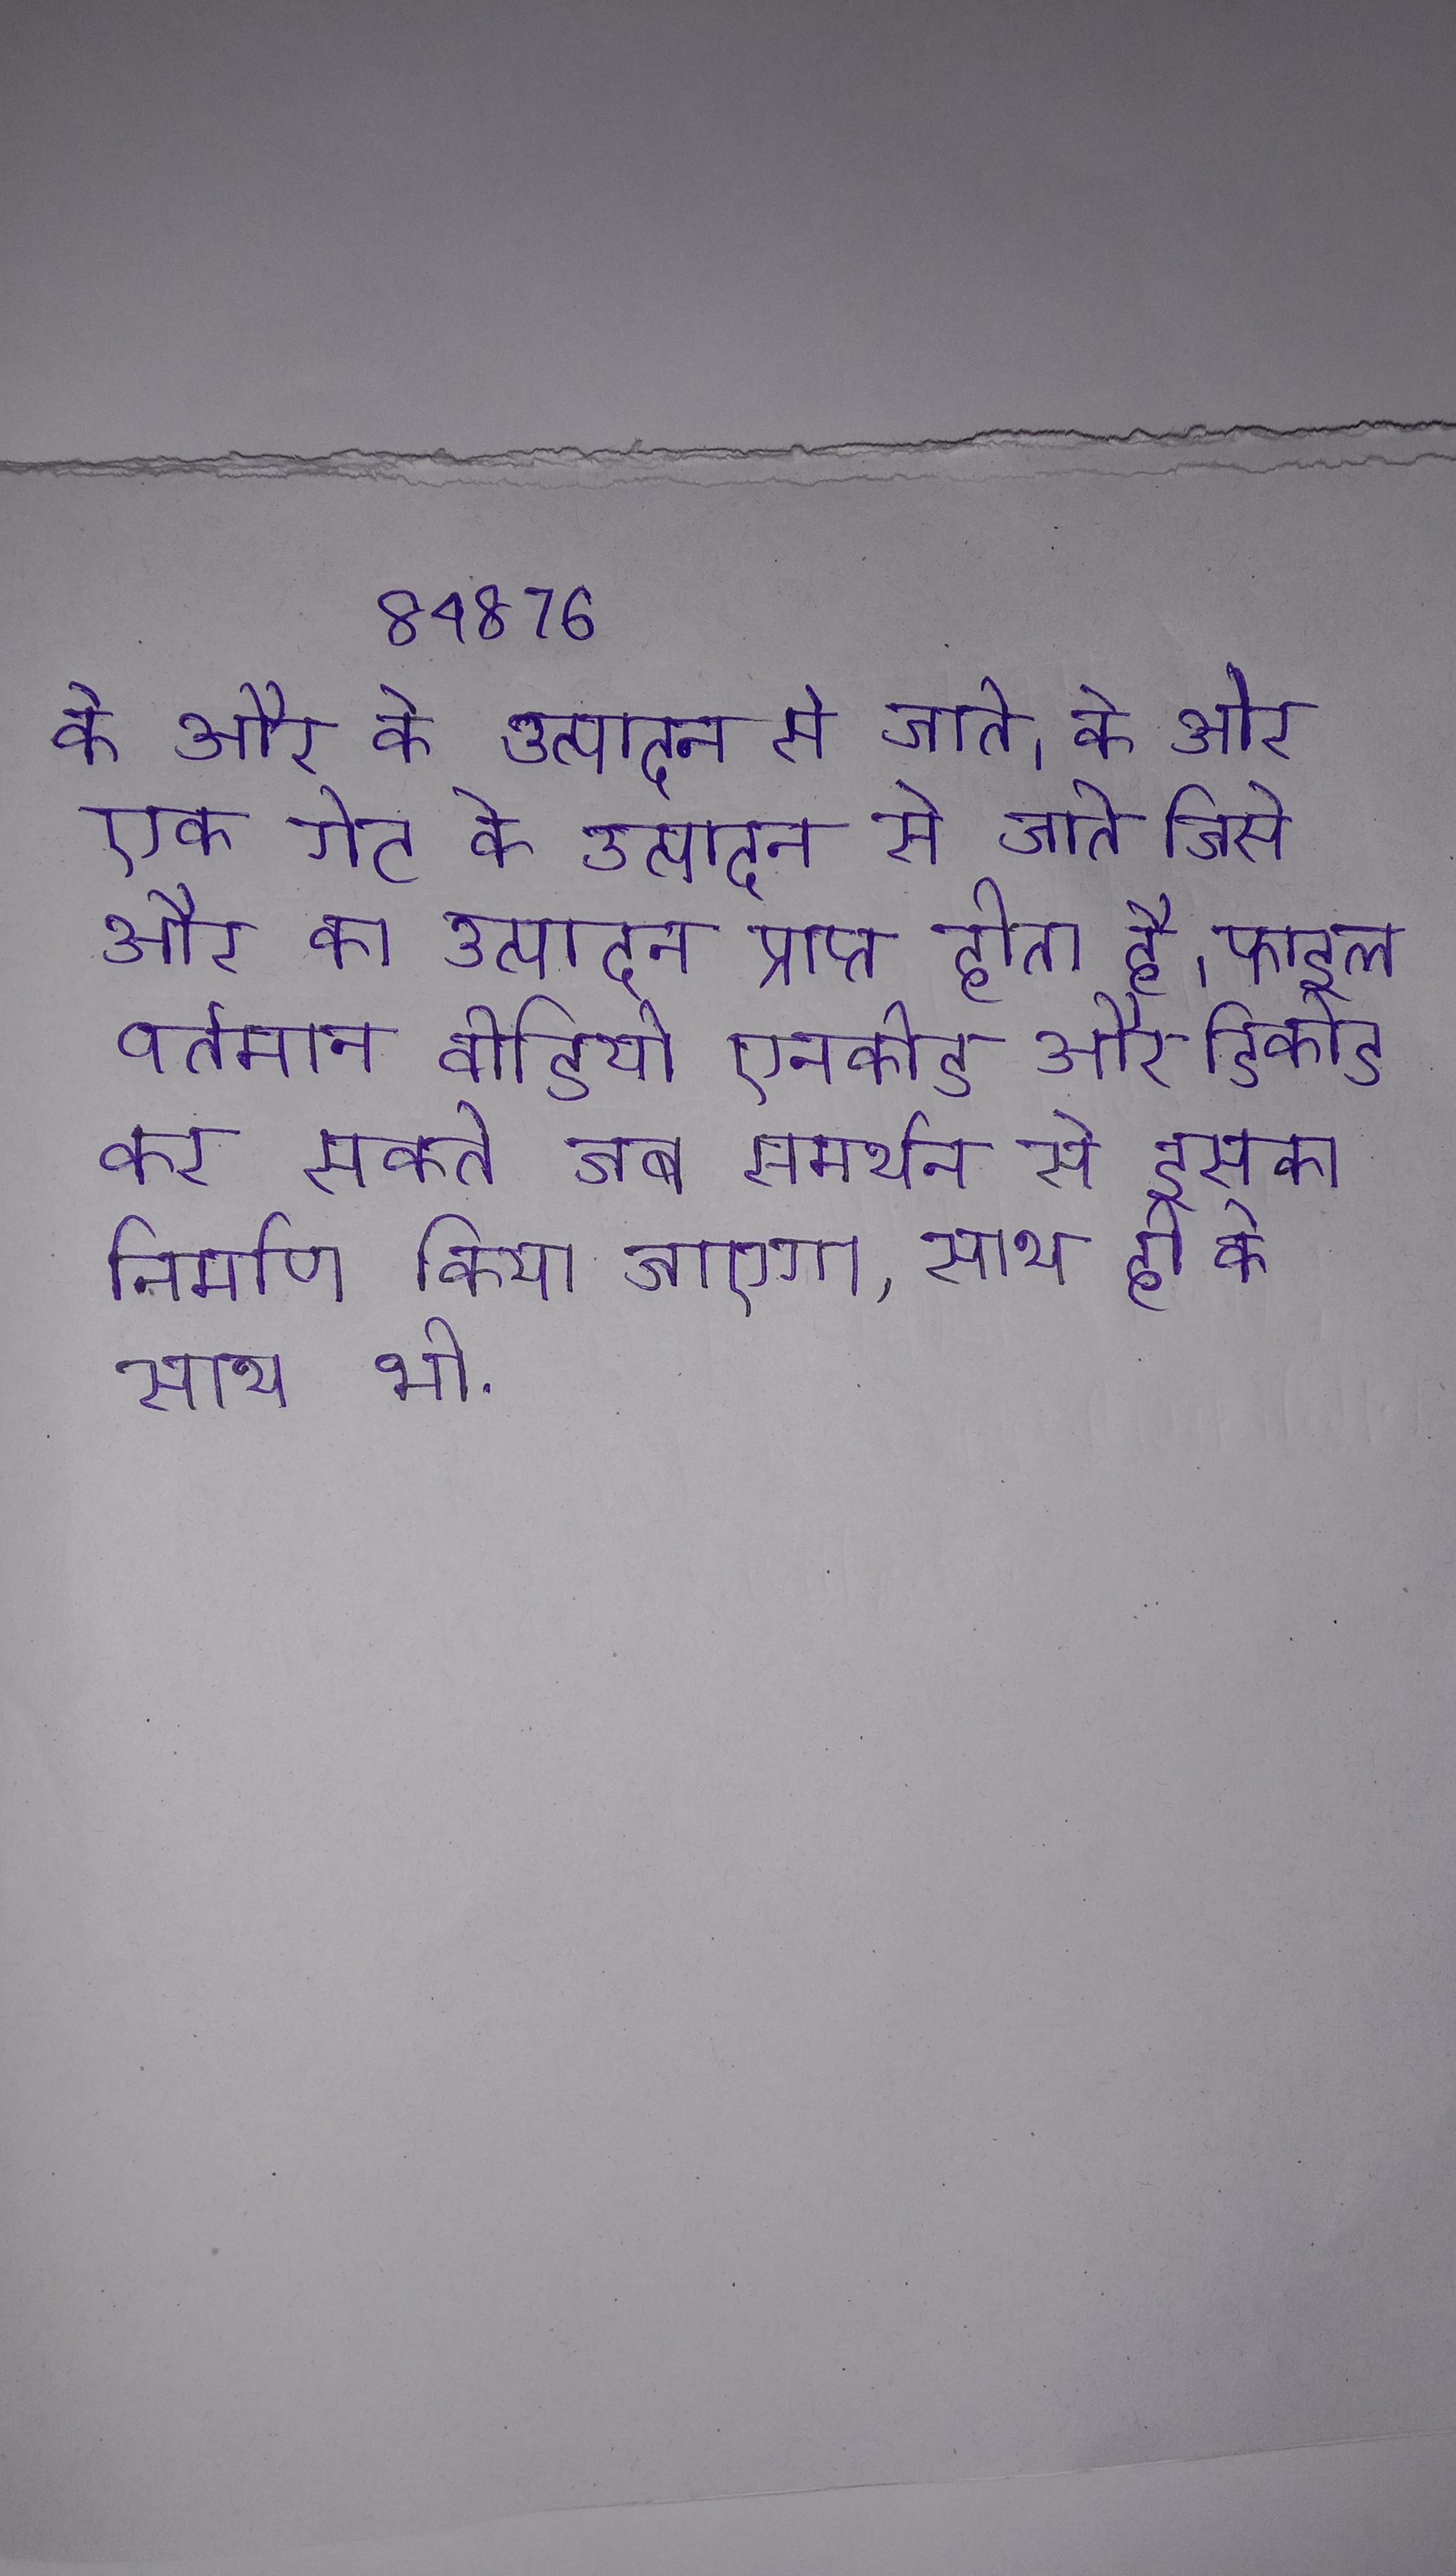
के और के उत्पादन से जाते । के और एक गेट के उत्पादन से जाते जिसे और का उत्पादन प्राप्त होता है । फाइल वर्तमान वीडियो एनकोड और डिकोड कर सकते जब समर्थन से इसका निर्माण किया जाएगा, साथ ही के साथ भी .